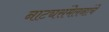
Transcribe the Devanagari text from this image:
नाट्यसंमेलनांचे